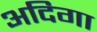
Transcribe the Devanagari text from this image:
अदिगा